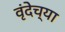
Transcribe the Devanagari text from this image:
वृंदेच्या